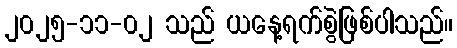
၂၀၂၅-၁၁-၀၂ သည် ယနေ့ရက်စွဲဖြစ်ပါသည်။